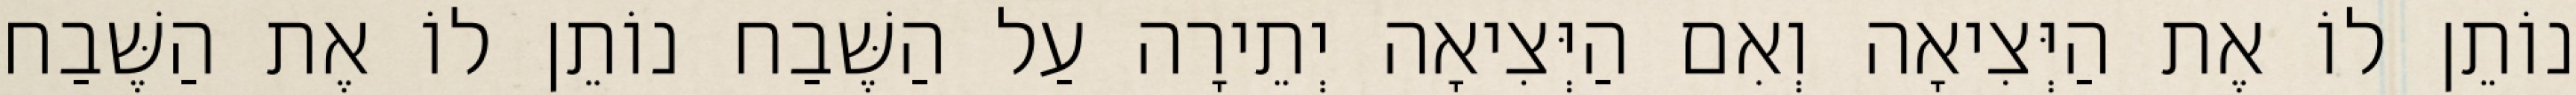
נוֹתֵן לוֹ אֶת הַיְּצִיאָה וְאִם הַיְּצִיאָה יְתֵירָה עַל הַשֶּׁבַח נוֹתֵן לוֹ אֶת הַשֶּׁבַח